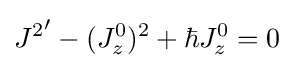
{J^{2}}'-(J_{z}^{0})^{2}+\hbar J_{z}^{0}=0